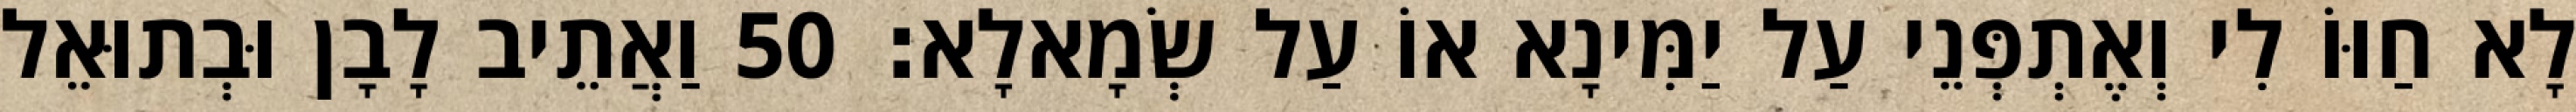
לָא חַוּוֹ לִי וְאֶתְפְּנֵי עַל יַמִּינָא אוֹ עַל שְׂמָאלָא׃ 50 וַאֲתֵיב לָבָן וּבְתוּאֵל